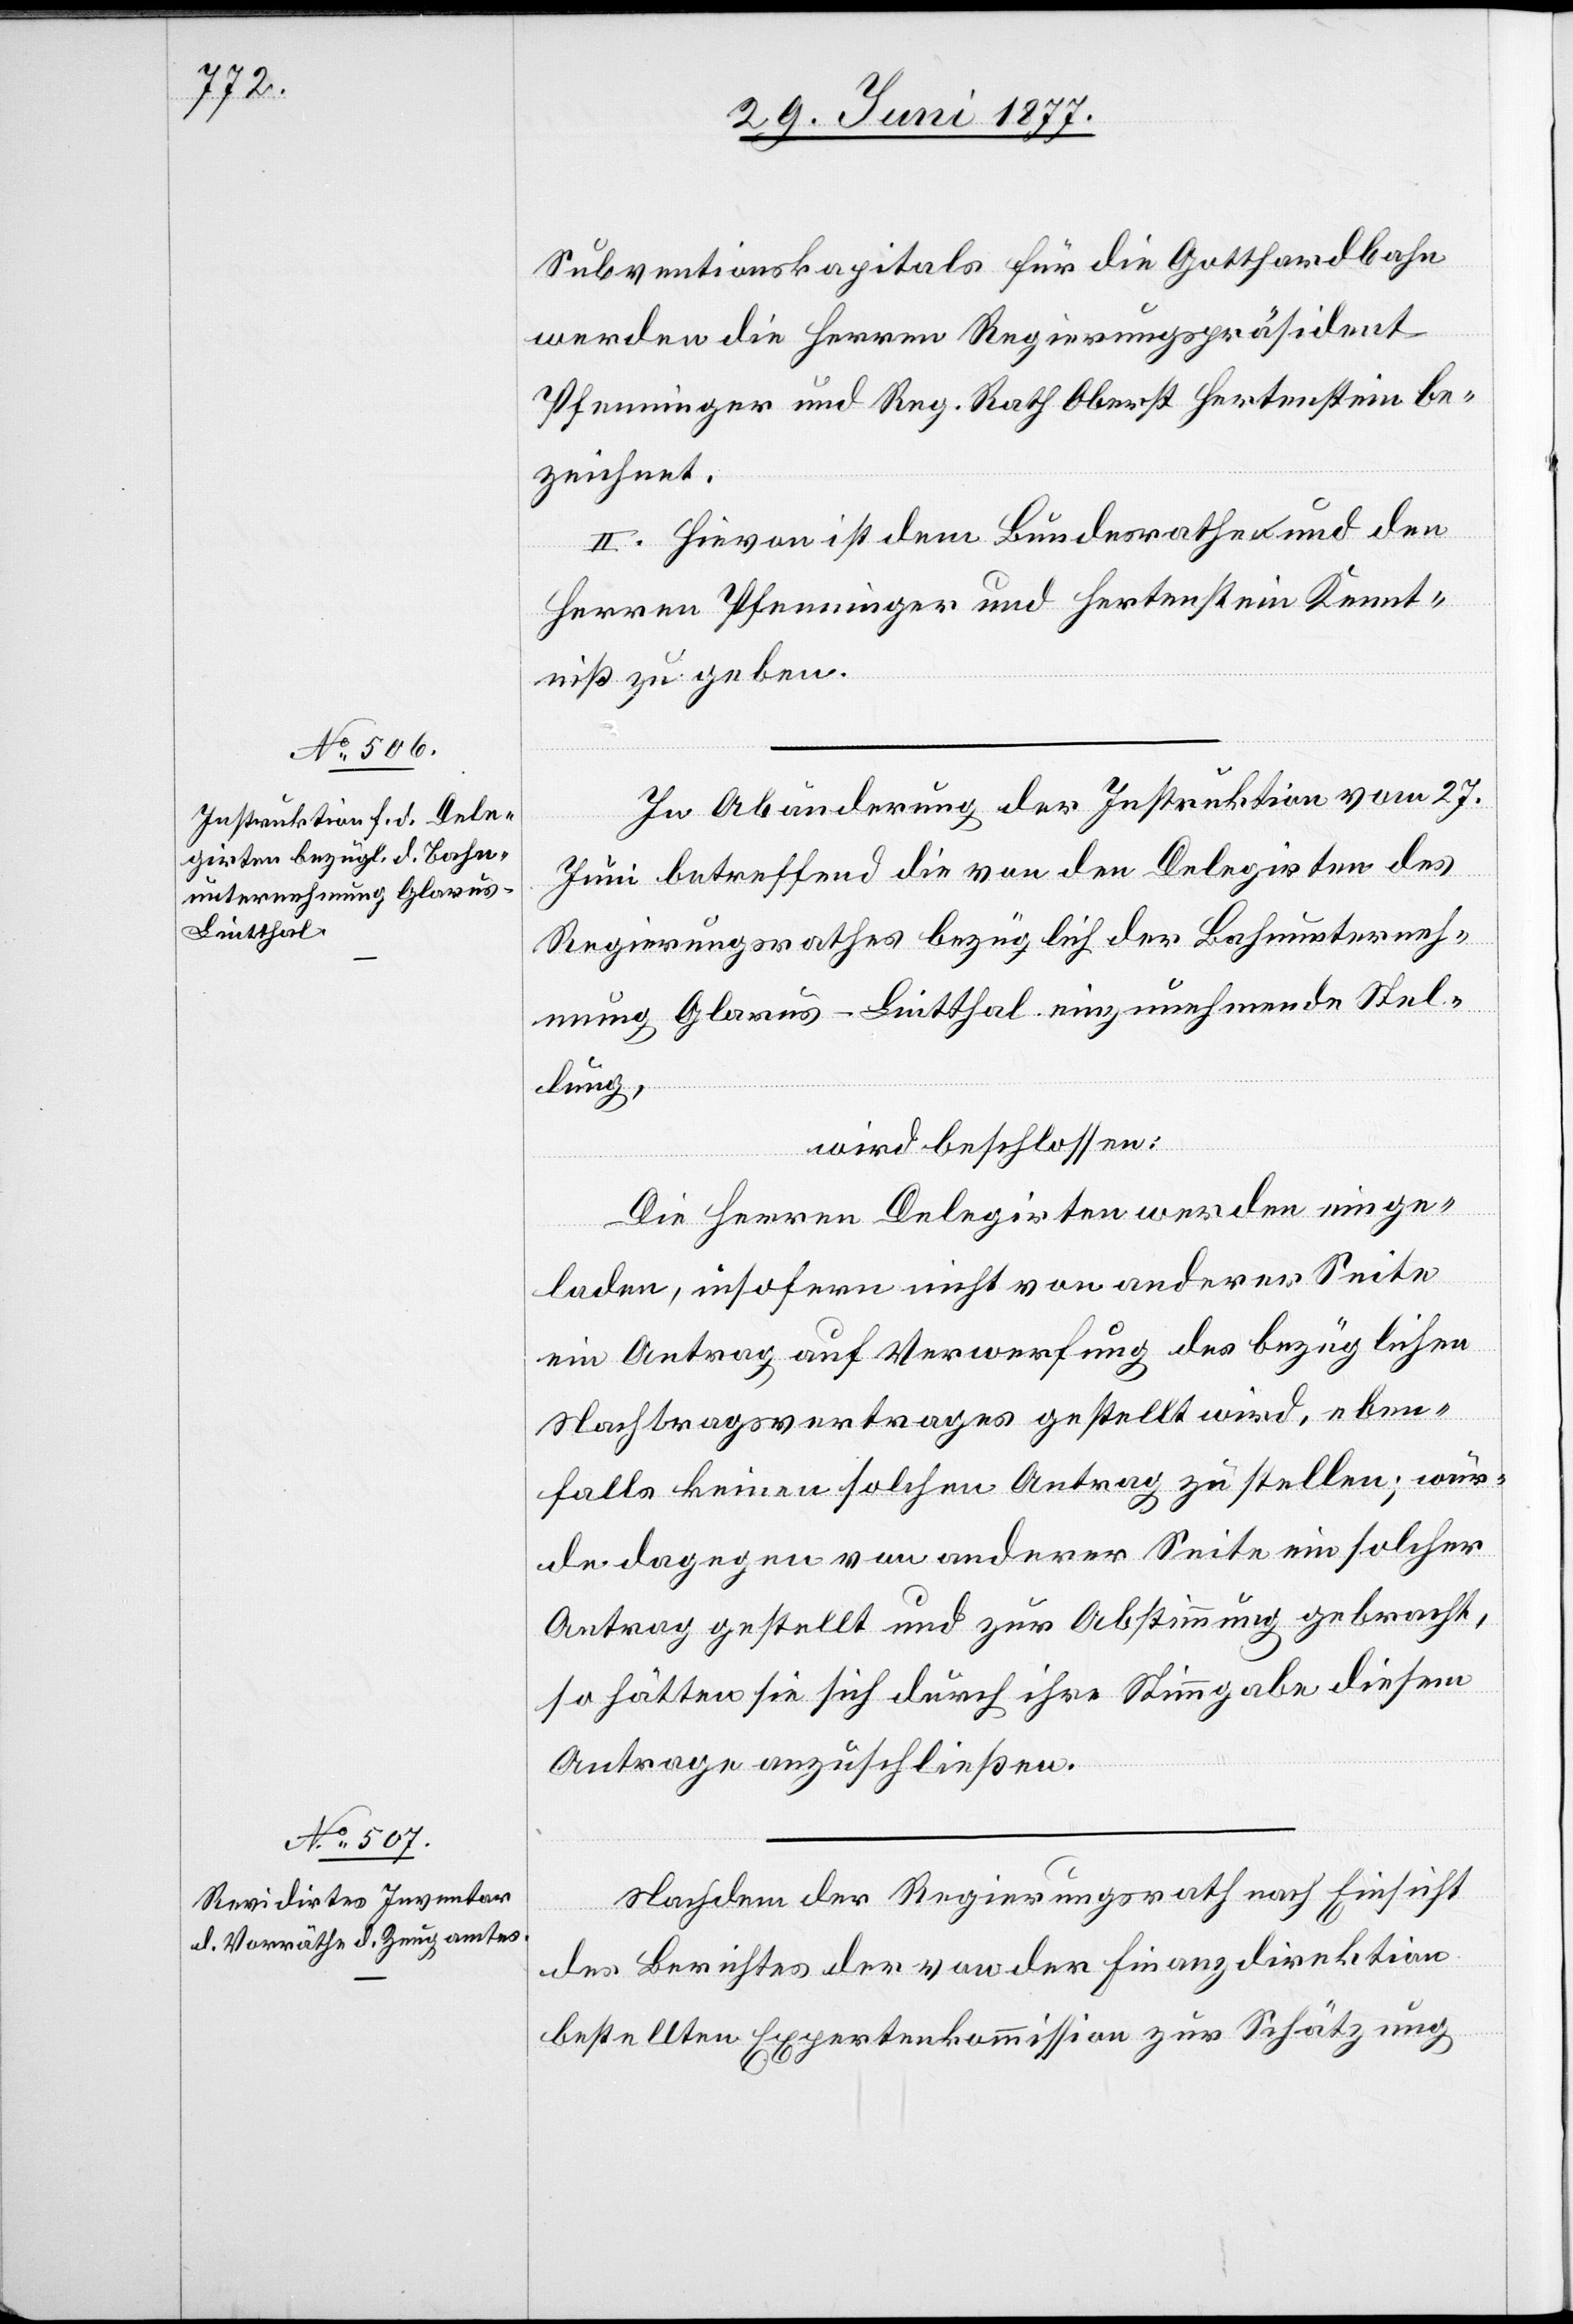
Subventionskapitals für die Gotthardbahn
werden die Herren Regierungspräsident
Pfenninger und Reg. Rath Oberst Hertenstein be¬
zeichnet.
II. Hievon ist dem Bundesrathe und den
Herren Pfenninger und Hertenstein Kennt¬
niß zu geben.
In Abänderung der Instruktion vom 27.
Juni betreffend die von den Delegirten des
Regierungsrathes bezüglich der Bahnunterneh¬
mung Glarus–Lintthal einzunehmende Stel¬
lung,
wird beschlossen:
Die Herren Delegirten werden einge¬
laden, insofern nicht von anderer Seite
ein Antrag auf Verwerfung des bezüglichen
Nachtragsvertrages gestellt wird, eben¬
falls keinen solchen Antrag zu stellen; wür¬
de dagegen von anderer Seit ein solcher
Antrag gestellt und zur Abstimmung gebracht,
so hätten sie sich durch ihre Stimmgabe diesem
Antrage anzuschließen.
Nachdem der Regierungsrath nach Einsicht
des Berichtes der von der Finanzdirektion
bestellten Expertenkommission zur Schätzung